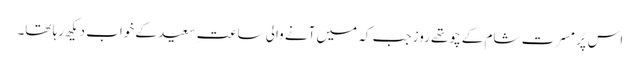
اس پُر مسرت شام کے چوتھے روز جب کہ میں آنے والی ساعتِ سعید کے خواب دیکھ رہا تھا۔